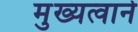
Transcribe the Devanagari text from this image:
मुख्यत्वाने